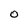
Character: O